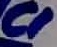
Text: C1